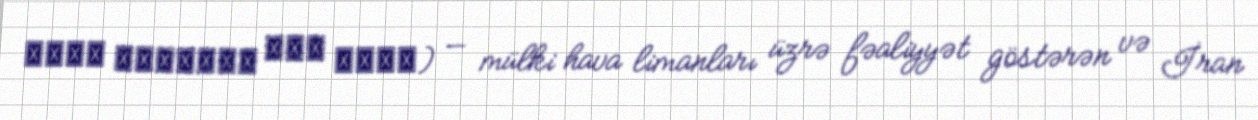
شركت فرودگاه هاي كشور) — mülki hava limanları üzrə fəaliyyət göstərən və İran